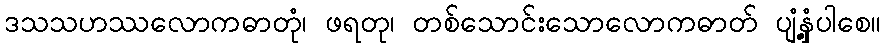
ဒသသဟဿလောကဓာတုံ၊ ဖရတု၊ တစ်သောင်းသောလောကဓာတ် ပျံ့နှံ့ပါစေ။